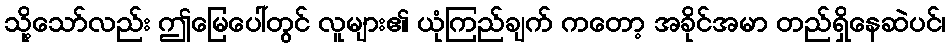
သို့သော်လည်း ဤမြေပေါ်တွင် လူများ၏ ယုံကြည်ချက် ကတော့ အခိုင်အမာ တည်ရှိနေဆဲပင်၊